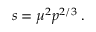
\begin{array} { r } { s = \mu ^ { 2 } p ^ { 2 / 3 } \; . } \end{array}